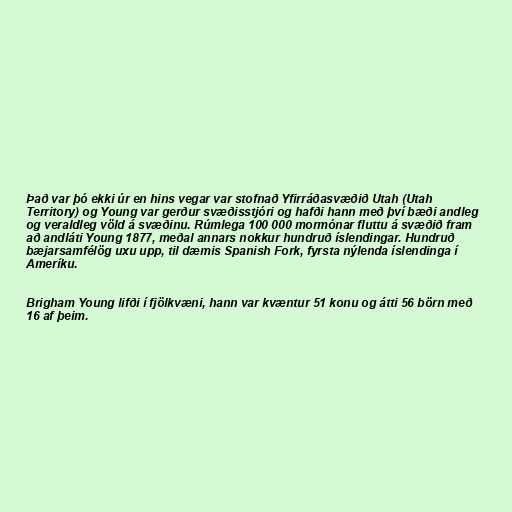
Það var þó ekki úr en hins vegar var stofnað Yfirráðasvæðið Utah (Utah
Territory) og Young var gerður svæðisstjóri og hafði hann með því bæði andleg
og veraldleg völd á svæðinu. Rúmlega 100 000 mormónar fluttu á svæðið fram
að andláti Young 1877, meðal annars nokkur hundruð íslendingar. Hundruð
bæjarsamfélög uxu upp, til dæmis Spanish Fork, fyrsta nýlenda íslendinga í
Ameríku.

Brigham Young lifði í fjölkvæni, hann var kvæntur 51 konu og átti 56 börn með
16 af þeim.